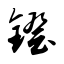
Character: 镫